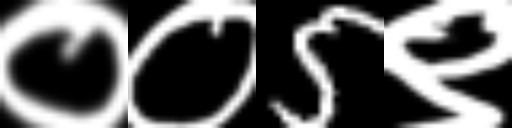
Text: ००5९